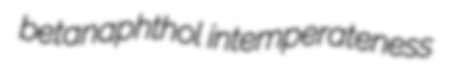
betanaphthol intemperateness